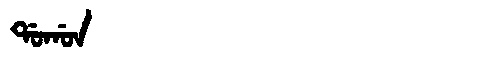
Manchu: ᡩᠣᡤᠣᠨ
Romanization: DOGON